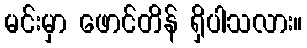
မင်းမှာ ဖောင်တိန် ရှိပါသလား။